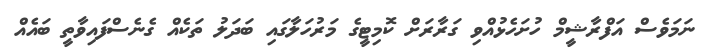
ނަމަވެސް އަފްރާޝީމް ހުށަހެޅުއްވި ގަރާރަށް ކޮމިޓީގެ މަރުހަލާގައި ބަދަލު ތަކެއް ގެނެސްފައިވާތީ ބައެއް